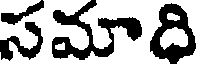
సమాది